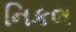
નિકલ